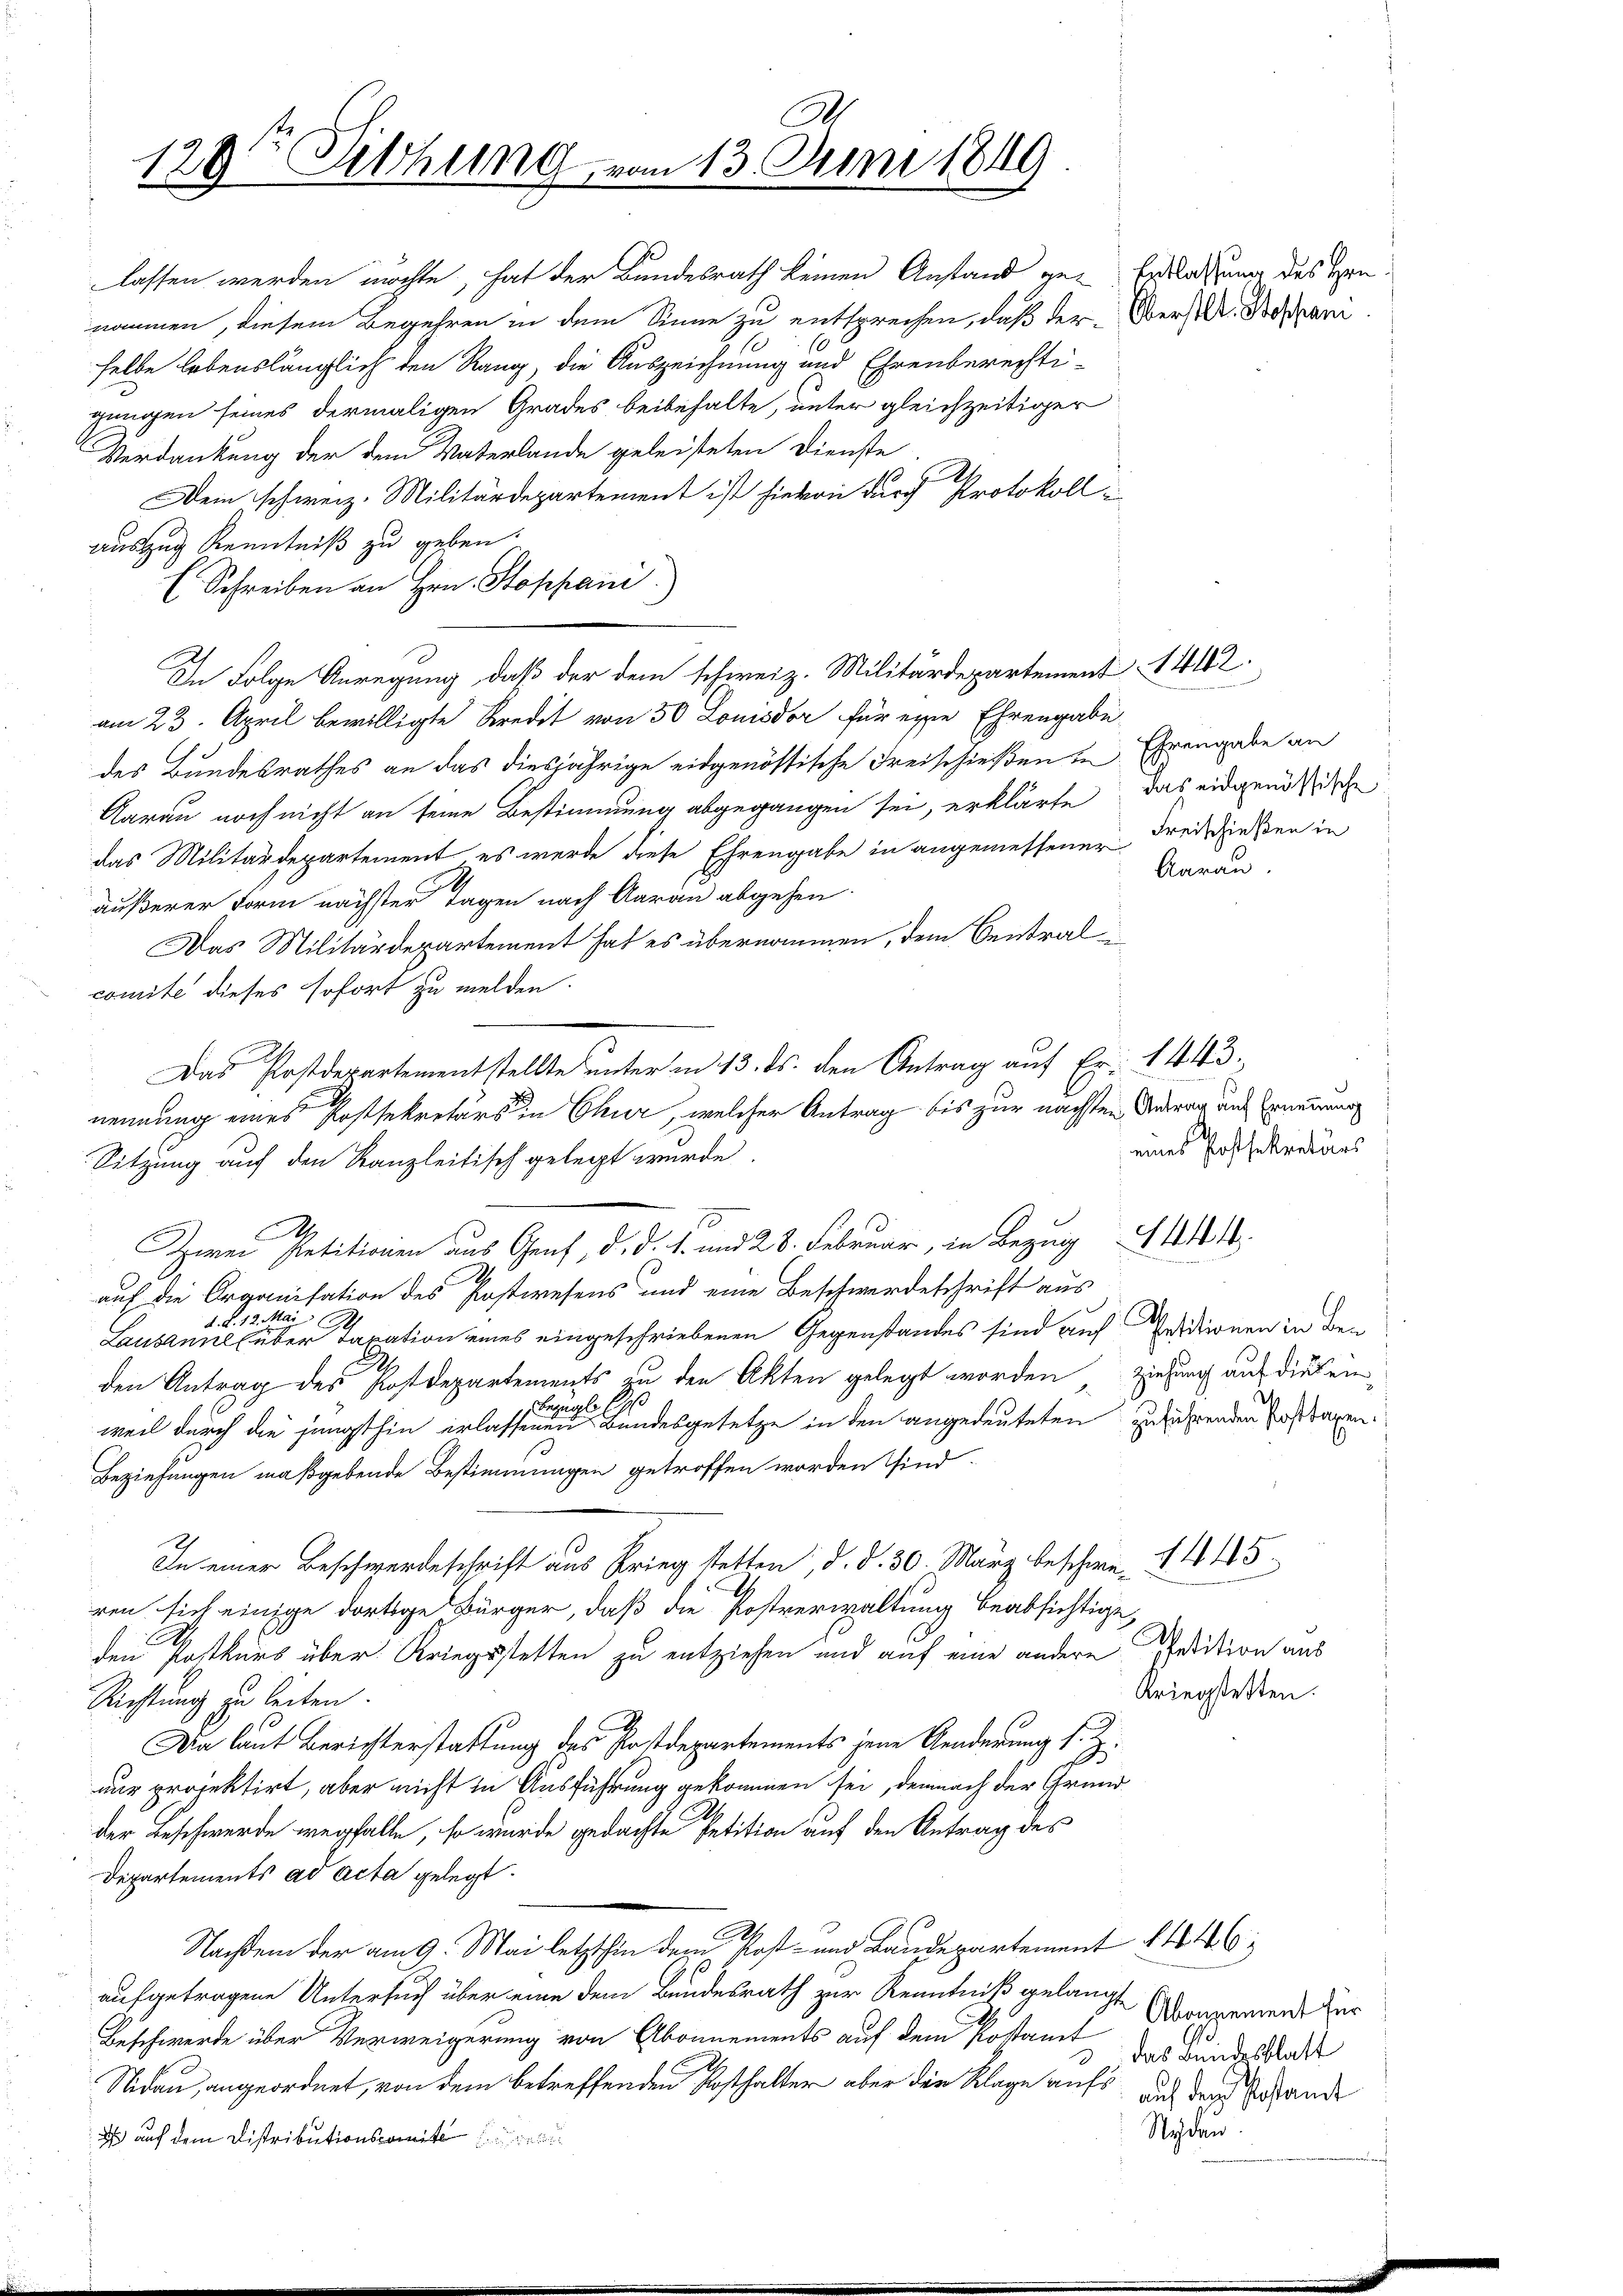
A
129t Fithung vom 13. Juni 1849

lassen werden möchte, hat der Bundesrath keinen Anstand ge-Erklärung des Hrn
nommen, diesem Begehren in dem Sinne zu entsprechen, daß der Obers Dr. Bespani
selbe lebenslänglich den Rang, die Auszeichnung und Ehrenberechti-
gungen seines dermaligen Grades beibehalte, unter gleichzeitiger
Verdankung der dem Vaterlande geleisteten Dienste
.
Dein schweiz. Militärdepartement ist hievon durch Protokoll ein
auszug Kenntniß zu geben.
E Schreiben an Hrn. Stoppani.)
am 23. April bewilligte Kredit von 50 Louisdor für eine Ehrengabe
des Bundesrathes an das diesjährige eidgenössische Freischießen in Ehrengabe an
Aarau noch nicht an seine Bestimmung abgegangen sei, erklärte das eidgenößische
das Militärdepartement es werde diese Ehrengabe in angemessener Freischießen in
äußerer Form nächster Tagen nach Aarau abgehen.
Das Militärdepartement hat es übernommen, dem Central
comite dieses sofort zu melden.
Das Postdepartementstellte unter an 13. ds. den Antrag auf Fr. 1443.
Sitzung auf den Kanzleitisch gelegt wurde.
A
Zwei Petitionen aus Genf, d. d. 1. und 28. Februar, in Bezug 4441.
auf die Organisation des Postwesens und eine Beschwerdeschrift aus
.d. 12. Mai
A
Lausanne (über Taxation eines eingeschriebenen Gegenstandes sind auf Ersationen in den
den Antrag des Postdepartements zu den Akten gelegt worden ziehung aus diesen,
2
Bezügl
weil durch die jüngsthin erlassenen Bandesgesetze in den angedeuteten zuführenden Posttagen.
Beziehungen maßgebende Bestimmungen getroffen worden sind.
In einer Beschwerdeschrift aus Krieg stetten, d. d. 30. März beschwe-14 15
ren sich einige dortige Bürger, daß die Postverwaltung beabsichtige,
E
den Postkurs über Kriegsstetten zu entziehen und auf eine andere Predition aus
Kriegstetten.
Richtung zu leiten.
Da laut Berichterstattung des Postdepartements jene Aenderung s. Z.
nur projektirt, aber nicht in Ausführung gekommen sei, demnach der Grund
der Beschwerde wegfalle, so wurde gedachte Petition auf den Antrag des
Departements ad acta gelegt.
Nachdem der am 9. Mai letzthin dem Post- und Baudepartement 1446
aufgetragene Untersuch über eine dem Bundesrath zur Kenntniß gelangt
Abonnement für
Beschwerde über Verweigerung von Abonnements auf dem Postant
das Bundesblatt
Nidau angeordnet, von dem betreffenden Kosthalter aber den Klage aufs auch der ande
Syden
 auf dem Distributionscomite

In Folge Anregung, daß der dem schweiz. Militärdepartement 1442.

nennung eines Postsekretärs in Chur, welcher Antrag bis zur nächsten Antrag und Ernennung

Aarau

eines Postsekretärs